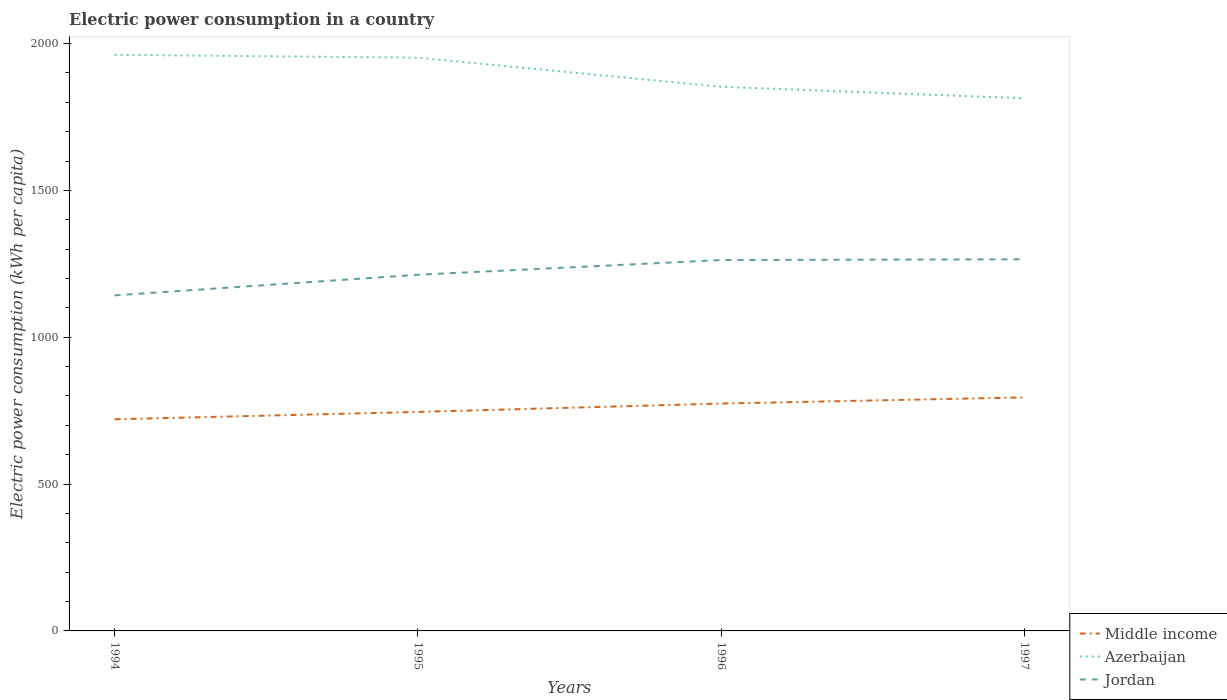
| Years | Middle income | Azerbaijan | Jordan |
 | --- | --- | --- | --- |
 | 1994 | 721 | 1.96e+03 | 1.14e+03 |
 | 1995 | 746 | 1.95e+03 | 1.21e+03 |
 | 1996 | 774 | 1.85e+03 | 1.26e+03 |
 | 1997 | 795 | 1.81e+03 | 1.27e+03 |